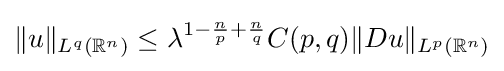
\|u\|_{L^{q}(\mathbb {R} ^{n})}\leq \lambda ^{1-{\frac {n}{p}}+{\frac {n}{q}}}C(p,q)\|Du\|_{L^{p}(\mathbb {R} ^{n})}